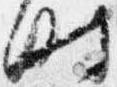
時